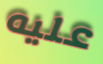
عليه